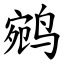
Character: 鹓